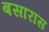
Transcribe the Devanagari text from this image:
बसारास